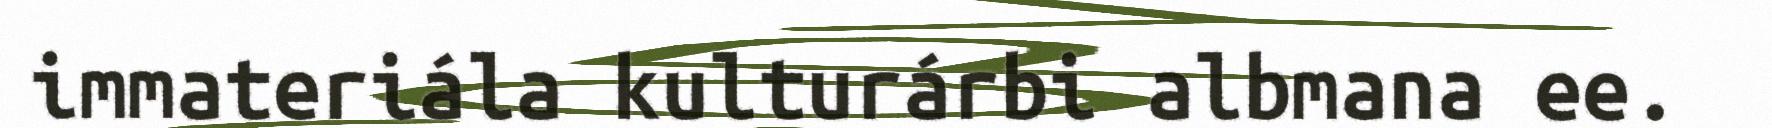
immateriála kulturárbi albmana ee.